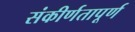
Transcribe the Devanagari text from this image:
संकीर्णतापूर्ण